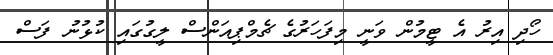
ހޯދި އިރު އެ ޓީމުން ވަނީ މިފަހަރުގެ ޗެމްޕިއަންސް ލީގުގައި ކުޅުނު ފަސް